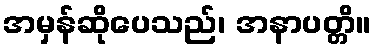
အမှန်ဆိုပေသည်၊ အနာပတ္တိ။